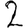
Digit: 2